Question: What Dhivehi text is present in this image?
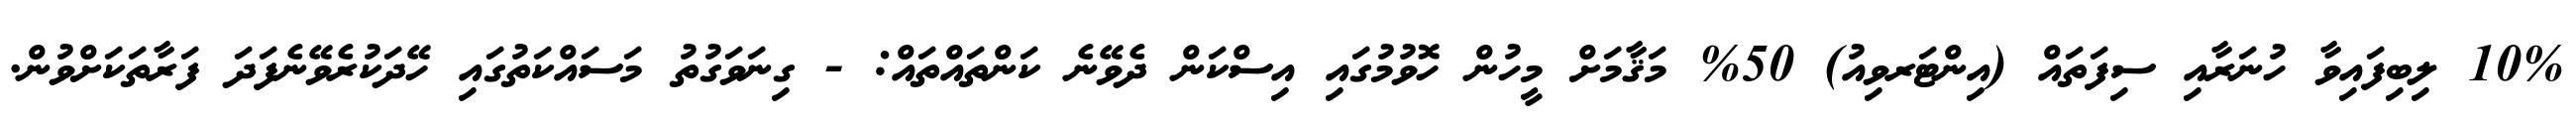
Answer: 10% ލިބިފައިވާ ހުނަރާއި ސިފަތައް (އިންޓަރވިއު) 50% މަޤާމަށް މީހުން ހޮވުމުގައި އިސްކަން ދެވޭނެ ކަންތައްތައް: - ގިނަވަގުތު މަސައްކަތުގައި ހޭދަކުރެވޭނެފަދަ ފަރާތަކަށްވުން.